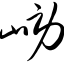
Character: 崂